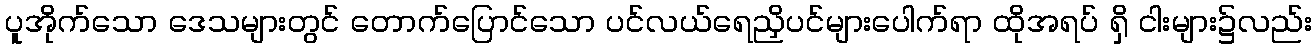
ပူအိုက်သော ဒေသများတွင် တောက်ပြောင်သော ပင်လယ်ရေညှိပင်များပေါက်ရာ ထိုအရပ် ရှိ ငါးများ၌လည်း